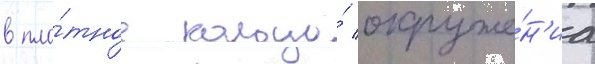
в пло́тное кольцо́ окруже́н'иа